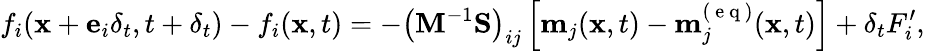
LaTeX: f_{i}(\mathbf{x}+\mathbf{e}_{i}\delta_{t},t+\delta_{t})-f_{i}(\mathbf{x},t)=-\left(\mathbf{M}^{-1}\mathbf{S}\right)_{ij}\left[\mathbf{m}_{j}(\mathbf{x},t)-\mathbf{m}_{j}^{(\mathrm{~e~q~})}(\mathbf{x},t)\right]+\delta_{t}F_{i}^{\prime},